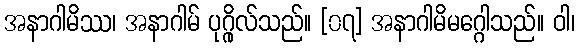
အနာဂါမိဿ၊ အနာဂါမ် ပုဂ္ဂိုလ်သည်။ [၀၇] အနာဂါမိမဂ္ဂေါသည်။ ဝါ၊